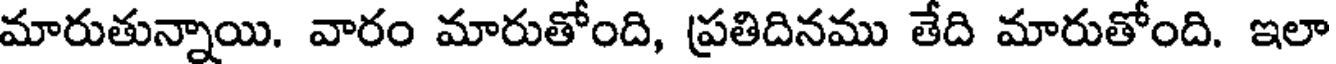
మారుతున్నాయి. వారం మారుతోంది, ప్రతిదినము తేది మారుతోంది. ఇలా